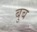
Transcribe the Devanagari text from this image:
बुब